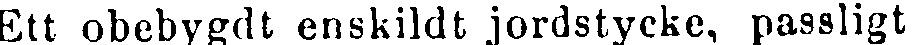
Ett obebygdt enskildt jordstycke, passligt